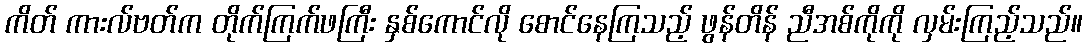
ကိတ် ကားလ်ဗတ်က တိုက်ကြက်ဖကြီး နှစ်ကောင်လို စောင်နေကြသည့် ဖွန်တိန် ညီအစ်ကိုကို လှမ်းကြည့်သည်။